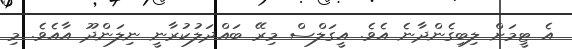
އެ ޓީމަށް ލިބިގެންދާނެ އެވެ. އީގަލްސް މިރޭ ބައްދަލުކުރާނީ ނިލަންދޫ އާއެވެ. މި